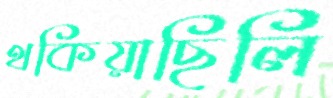
থকিয়াছিলি